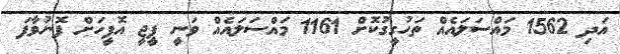
އަދި 1562 މައްސަލައެއް ތަހުގީގުކޮށް 1161 މައްސަލައެއް ވަނީ ޕީޖީ އޮފީހަށް ފޮނުވާފަ